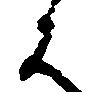
は